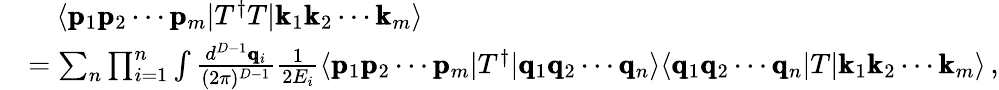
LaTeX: \begin{array}{rl}&{\quad\langle\pmb{\mathrm{p}}_{1}\pmb{\mathrm{p}}_{2}\cdots\pmb{\mathrm{p}}_{m}|T^{\dagger}T|\pmb{\mathrm{k}}_{1}\pmb{\mathrm{k}}_{2}\cdots\pmb{\mathrm{k}}_{m}\rangle}\\ &{=\sum_{n}\prod_{i=1}^{n}\int\frac{d^{D-1}\pmb{\mathrm{q}}_{i}}{(2\pi)^{D-1}}\frac{1}{2E_{i}}\langle\pmb{\mathrm{p}}_{1}\pmb{\mathrm{p}}_{2}\cdots\pmb{\mathrm{p}}_{m}|T^{\dagger}|\pmb{\mathrm{q}}_{1}\pmb{\mathrm{q}}_{2}\cdots\pmb{\mathrm{q}}_{n}\rangle\langle\pmb{\mathrm{q}}_{1}\pmb{\mathrm{q}}_{2}\cdots\pmb{\mathrm{q}}_{n}|T|\pmb{\mathrm{k}}_{1}\pmb{\mathrm{k}}_{2}\cdots\pmb{\mathrm{k}}_{m}\rangle\, ,}\end{array}